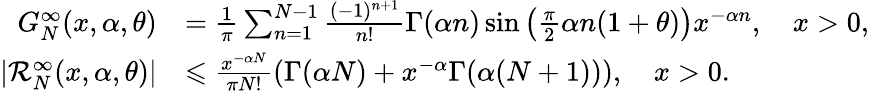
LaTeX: \begin{array}{rl}{G_{N}^{\infty}(x,\alpha,\theta)}&{=\frac{1}{\pi}\sum_{n=1}^{N-1}\frac{(-1)^{n+1}}{n!}\Gamma(\alpha n)\sin\left(\frac{\pi}{2}\alpha n(1+\theta)\right)x^{-\alpha n},\quad x>0,}\\ {|\mathcal{R}_{N}^{\infty}(x,\alpha,\theta)|}&{\leqslant\frac{x^{-\alpha N}}{\pi N!}\left(\Gamma(\alpha N)+x^{-\alpha}\Gamma(\alpha(N+1))\right),\quad x>0.}\end{array}